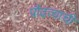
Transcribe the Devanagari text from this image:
प्रौढत्वाची